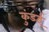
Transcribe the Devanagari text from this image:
कुंडई